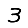
Digit: 3